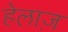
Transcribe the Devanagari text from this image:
हेलाज़